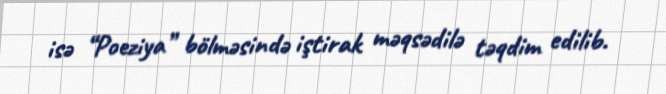
isə “Poeziya” bölməsində iştirak məqsədilə təqdim edilib.